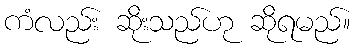
ကံလည်း ဆိုးသည်ဟု ဆိုရမည်။